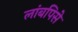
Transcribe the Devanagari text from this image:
लांबपिसे